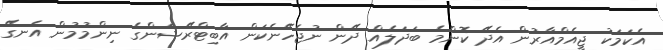
އެކަމަކު ޖީއެމްއާރުން އެދޭ ކޮންމެ ބަދަލެއް ދޭން ނުޖެހޭނެކަން އާބިޓްރޭޝަންގެ ނިންމުމުން އެނގޭ